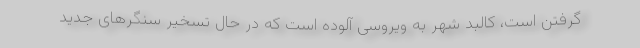
گرفتن است، کالبد شهر به ویروسی آلوده است که در حال تسخیر سنگرهای جدید